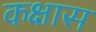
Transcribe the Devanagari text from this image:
कक्षास